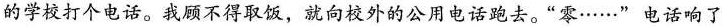
的学校打个电话。我顾不得取饭，就向校外的公用电话跑去。”零……”电话响了